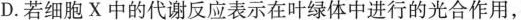
D.若细胞X中的代谢反应表示在叶绿体中进行的光合作用，